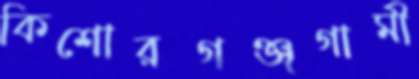
কিশোরগঞ্জগামী